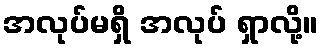
အလုပ်မရှိ အလုပ် ရှာလို့။